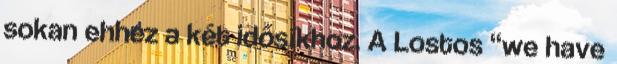
sokan ehhez a két idősíkhoz. A Lostos “we have